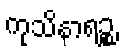
ကုသိနာရဉ္စ